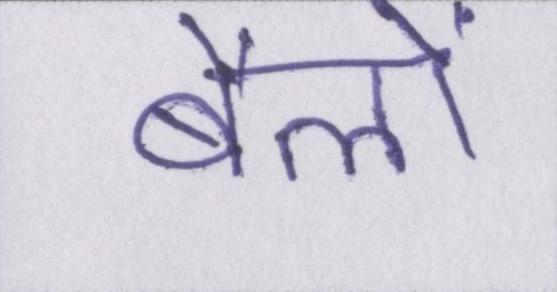
बैलों